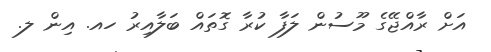
އަށް ރާއްޖޭގެ މޫސުން ލަފާ ކުރާ ގޮތައް ބަލާއިރު ހއ. އިން ލ.